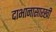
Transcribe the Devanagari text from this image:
दाभानासारखी